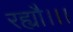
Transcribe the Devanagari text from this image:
रह्यौ।।।